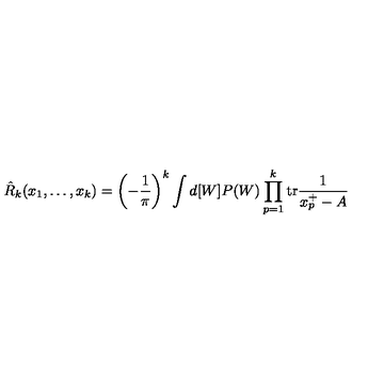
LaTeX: \hat { R } _ { k } ( x _ { 1 } , \ldots , x _ { k } ) = \left( - \frac { 1 } { \pi } \right) ^ { k } \int d [ W ] P ( W ) \prod _ { p = 1 } ^ { k } \mathrm { t r } \frac { 1 } { x _ { p } ^ { + } - A }